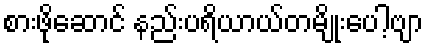
စားဖိုဆောင် နည်းပရိယာယ်တမျိုးပေါ့ဗျာ